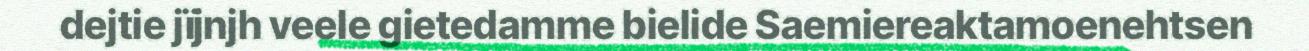
dejtie jïjnjh veele gietedamme bielide Saemiereaktamoenehtsen